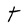
Character: t